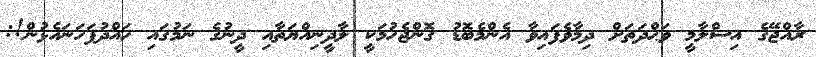
ރާއްޖޭގެ އިސްލާމީ ވަޙްދަތަށް ދިމާވެފައިވާ އެންމެބޮޑު ގޮންޖެހުމަކީ ލާދީނިއްޔަތާއި ދީނުގެ ނަމުގައި ހައްދުފަހަނައެޅުން!: